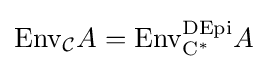
{\text{Env}}_{\cal {C}}A={\text{Env}}_{{\text{C}}^{*}}^{\text{DEpi}}A